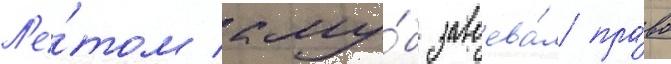
Л'е́том клу́б завоева́л пра́во